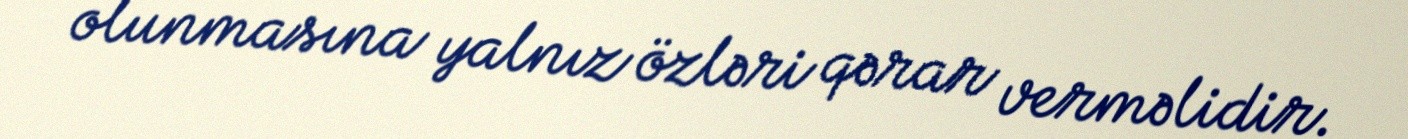
olunmasına yalnız özləri qərar verməlidir.